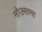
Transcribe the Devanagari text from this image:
नोउसामा